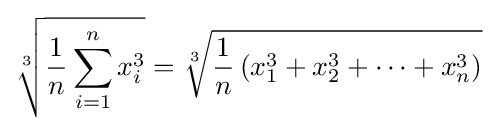
{\sqrt[{3}]{{\frac {1}{n}}\sum _{i=1}^{n}x_{i}^{3}}}={\sqrt[{3}]{{\frac {1}{n}}\left(x_{1}^{3}+x_{2}^{3}+\cdots +x_{n}^{3}\right)}}